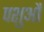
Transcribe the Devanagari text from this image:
पशुऔं